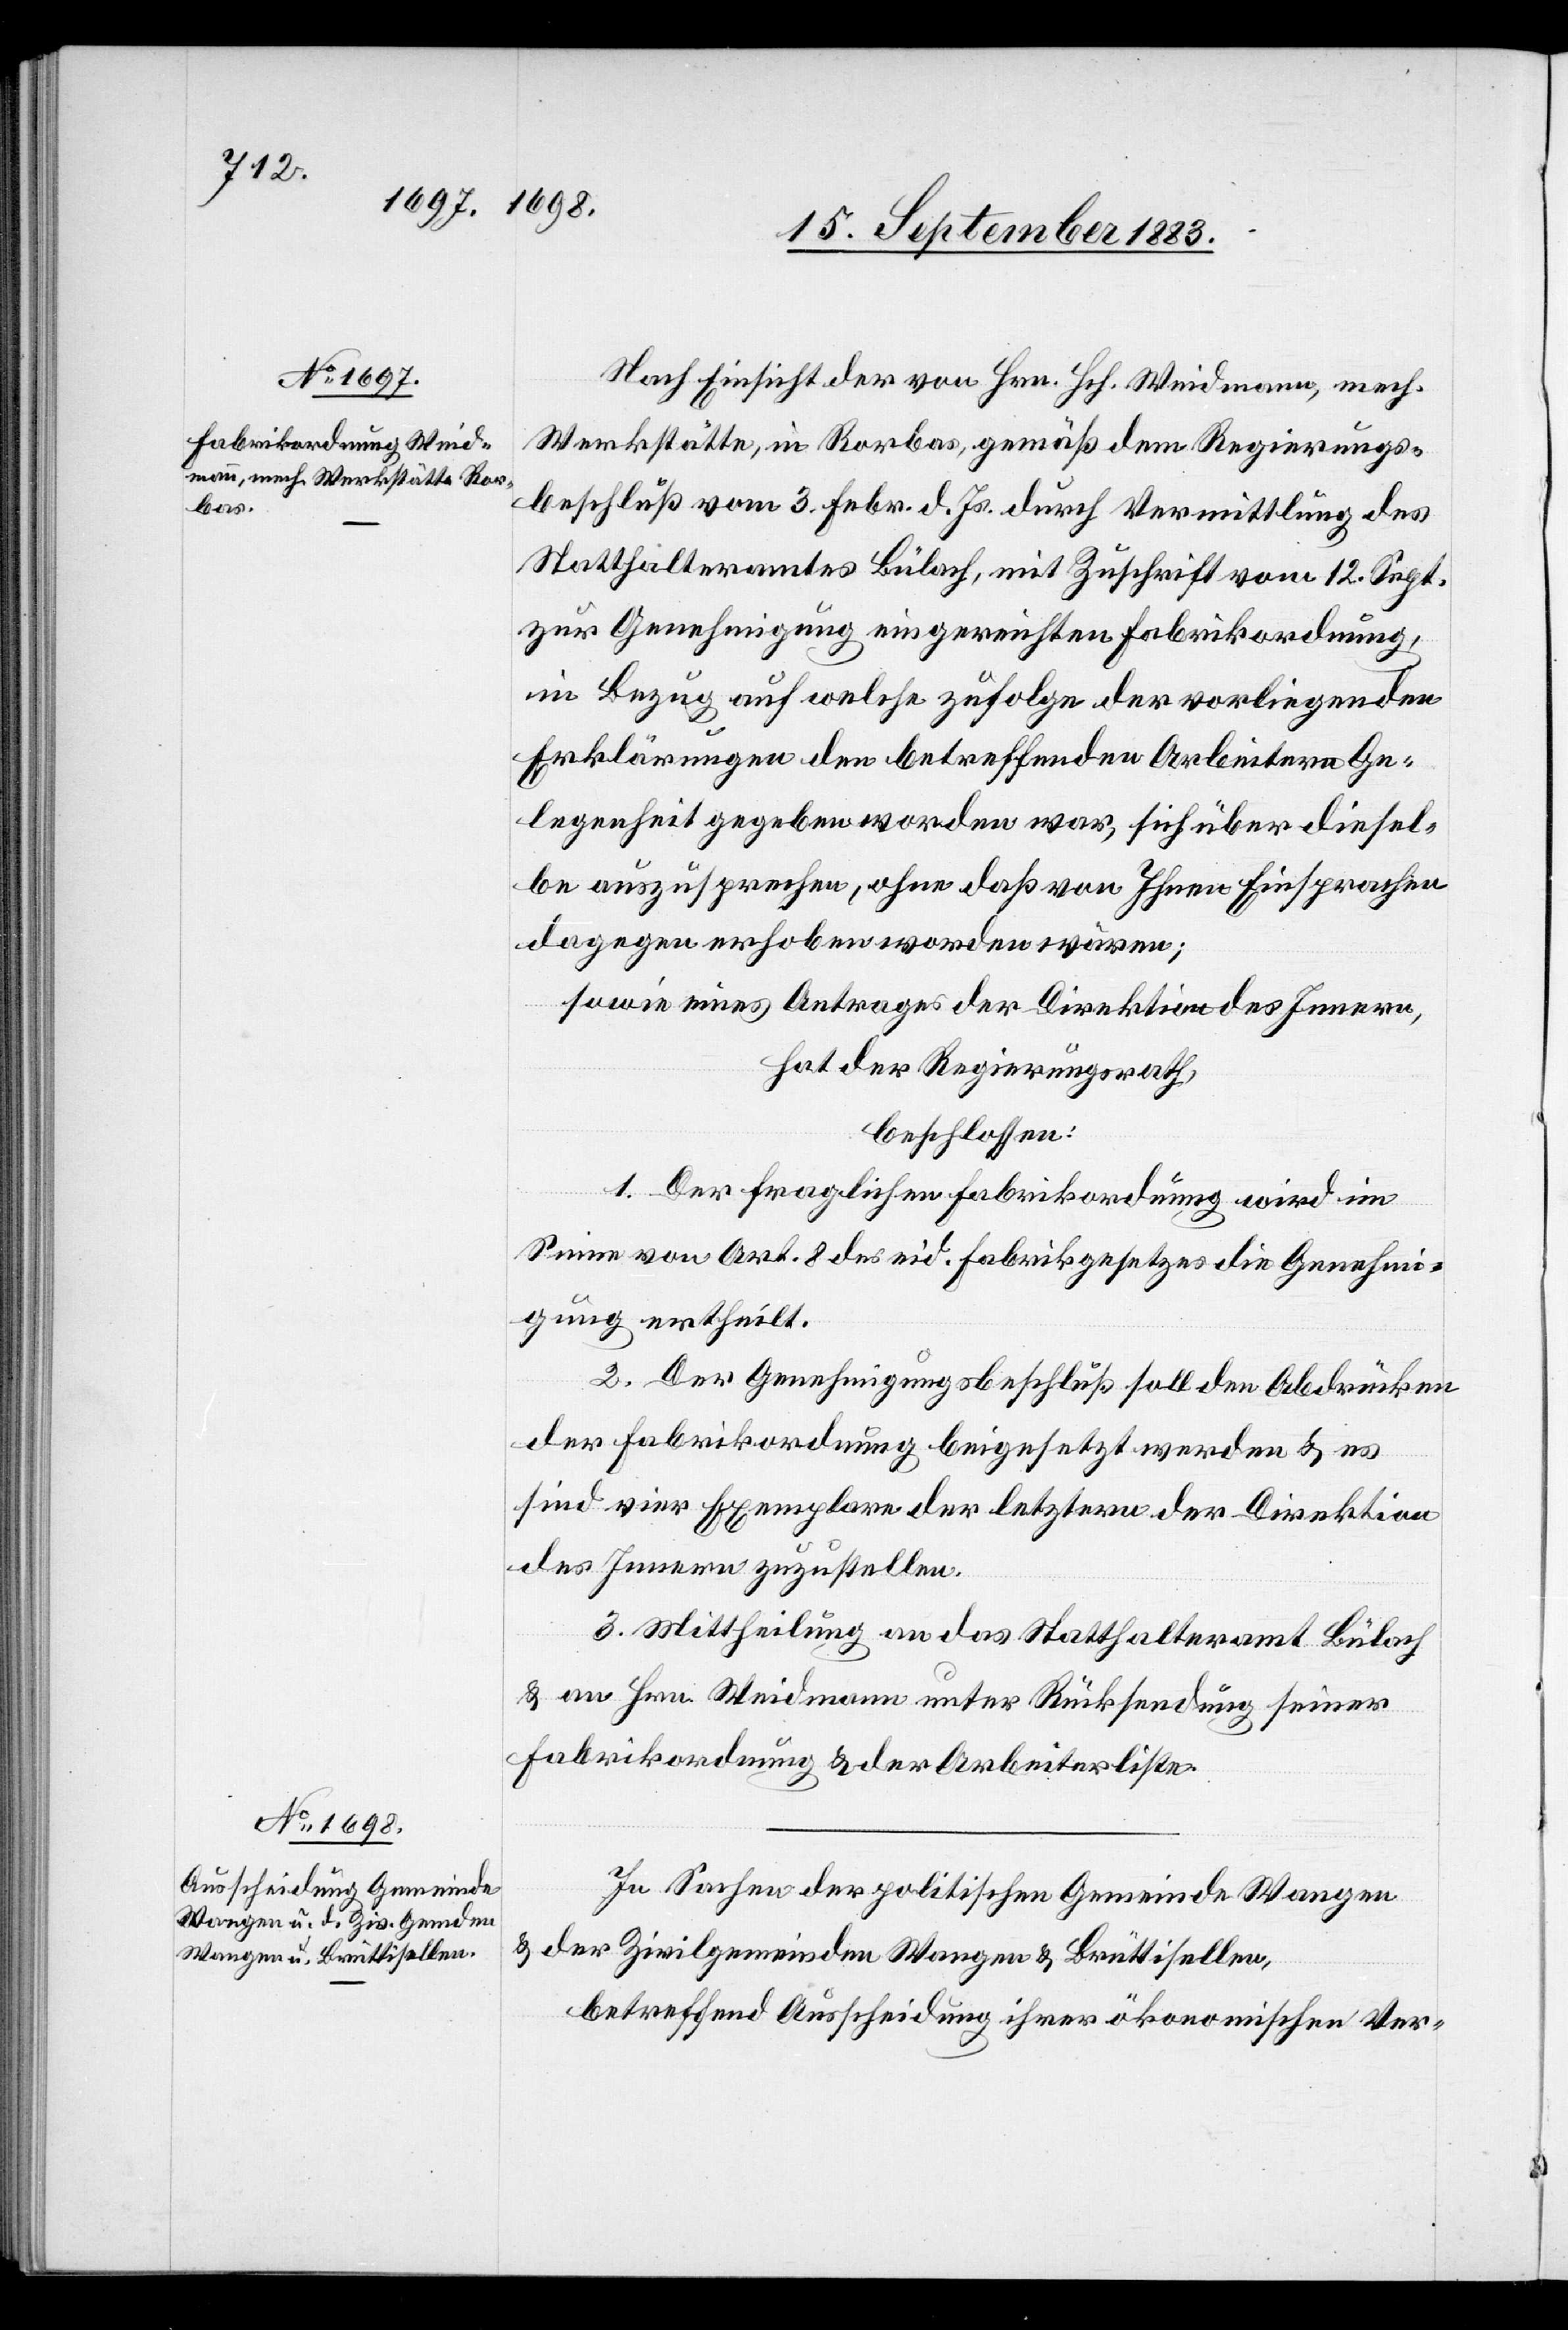
Nach Einsicht der von Hrn. Hch. Weidmann, mech.
Werkstätte, in Rorbas, gemäß dem Regierungs¬
beschluß vom 3. Febr. d. Js. durch Vermittlung des
Statthalteramtes Bülach, mit Zuschrift vom 12. Sept.
zur Genehmigung eingereichten Fabrikordnung,
in Bezug auf welche zufolge der vorliegenden
Erklärungen den betreffenden Arbeitern Ge¬
legenheit gegeben worden war, sich über diesel¬
be auszusprechen, ohne daß von Ihnen Einsprachen
dagegen erhoben worden wären;
sowie eines Antrages der Direktion des Innern,
hat der Regierungsrath,
beschlossen:
1. Der fraglichen Fabrikordnung wird im
Sinne von Art. 8 des eid. Fabrikgesetzes die Genehmi¬
gung ertheilt.
2. Der Genehmigungsbeschluß soll den Abdrücken
der Fabrikordnung beigesetzt werden & es
sind vier Exemplare der letztern der Direktion
des Innern zuzustellen.
3. Mittheilung an das Statthalteramt Bülach
& an Hrn. Weidmann unter Rücksendung seiner
Fabrikordnung & der Arbeiterliste.
In Sachen der politischen Gemeinde Wangen
& der Zivilgemeinden Wangen & Brüttisellen,
betreffend Ausscheidung ihrer ökonomischen Ver-